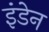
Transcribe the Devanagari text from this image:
इंडेन